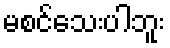
မစင်သေးပါဘူး